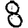
Digit: 8